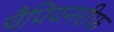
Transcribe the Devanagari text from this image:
चैपियनरीफ